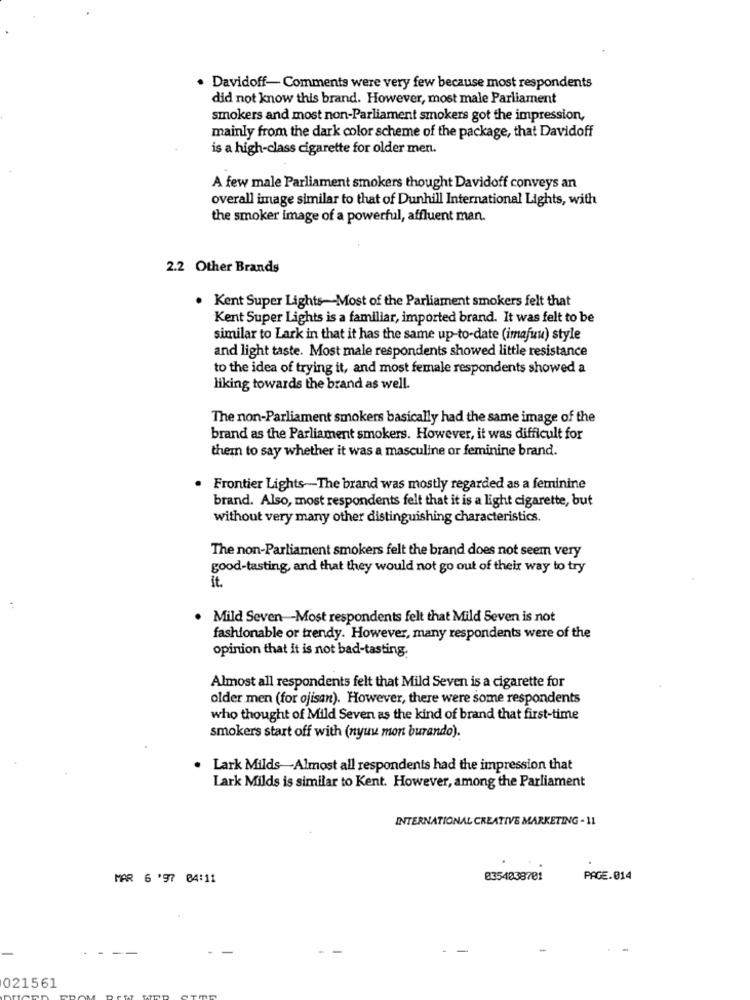
Davidoff- Comments were very few because most respondents
did not know this brand. However, most male Parliament
smokers and most non-Parliament smokers got the impression,
mainly from the dark color scheme of the package, that Davidoff
is a high-class cigarette for older men.
A few male Parliament smokers thought Davidoff conveys an
overall image similar to that of Dunhill International Lights, with
the smoker image of a powerful, affluent man.
2.2 Other Brands
. Kent Super Lights-Most of the Parliament smokers felt that
Kent Super Lights is a familiar, imported brand. It was felt to be
similar to Lark in that it has the same up-to-date (imafuu) style
and light taste. Most male respondents showed little resistance
to the idea of trying it, and most female respondents showed a
liking towards the brand as well.
The non-Parliament smokers basically had the same image of the
brand as the Parliament smokers. However, it was difficult for
them to say whether it was a masculine or feminine brand.
Frontier Lights-The brand was mostly regarded as a feminine
brand. Also, most respondents felt that it is a light cigarette, but
without very many other distinguishing characteristics.
The non-Parliament smokers felt the brand does not seem very
good-tasting, and that they would not go out of their way to try
it.
Mild Seven -- Most respondents felt that Mild Seven is not
fashionable or trendy. However, many respondents were of the
opinion that it is not bad-tasting.
Almost all respondents felt that Mild Seven is a cigarette for
older men (for ojisan). However, there were some respondents
who thought of Mild Seven as the kind of brand that first-time
smokers start off with (nyuw mon burando).
Lark Milds Almost all respondents had the impression that
Lark Milds is similar to Kent. However, among the Parliament
INTERNATIONAL CREATIVE MARKETING - 11
MAR 6 '97 04:11
0354038701
PAGE.014
021561